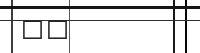
٢٦